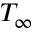
T _ { \infty }